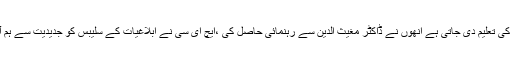
پاکستان کی تمام یونیورسٹیاں جن میں علم ابلاغیات کی تعلیم دی جاتی ہے انھوں نے ڈاکٹر مغیث الدین سے رہنمائی حاصل کی ،ایچ ای سی نے ابلاغیات کے سلیبس کو جدیدیت سے ہم آہنگ کرنے کے لیے ان سے خصوصی خدمات لی۔